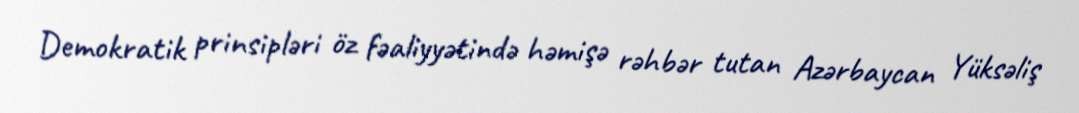
Demokratik prinsipləri öz fəaliyyətində həmişə rəhbər tutan Azərbaycan Yüksəliş